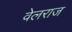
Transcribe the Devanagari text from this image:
वेलराज